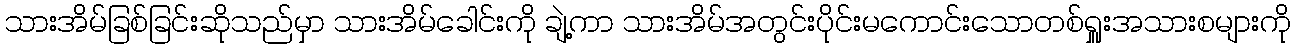
သားအိမ်ခြစ်ခြင်းဆိုသည်မှာ သားအိမ်ခေါင်းကို ချဲ့ကာ သားအိမ်အတွင်းပိုင်းမကောင်းသောတစ်ရှူးအသားစများကို